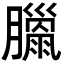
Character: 𦡳